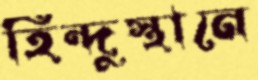
হিন্দুস্থানে